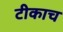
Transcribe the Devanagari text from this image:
टीकाच